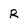
Character: R